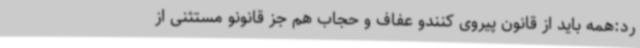
رد:همه باید از قانون پیروی کنندو عفاف و حجاب هم جز قانونو مستثنی از